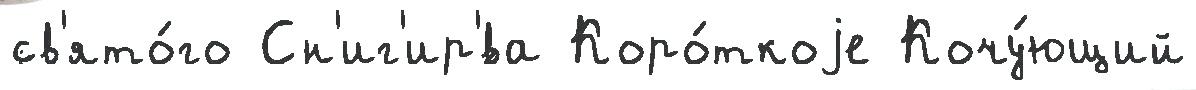
св'ято́го Сн'иг'ир'́ва Коро́ткоjе Кочу́ющий